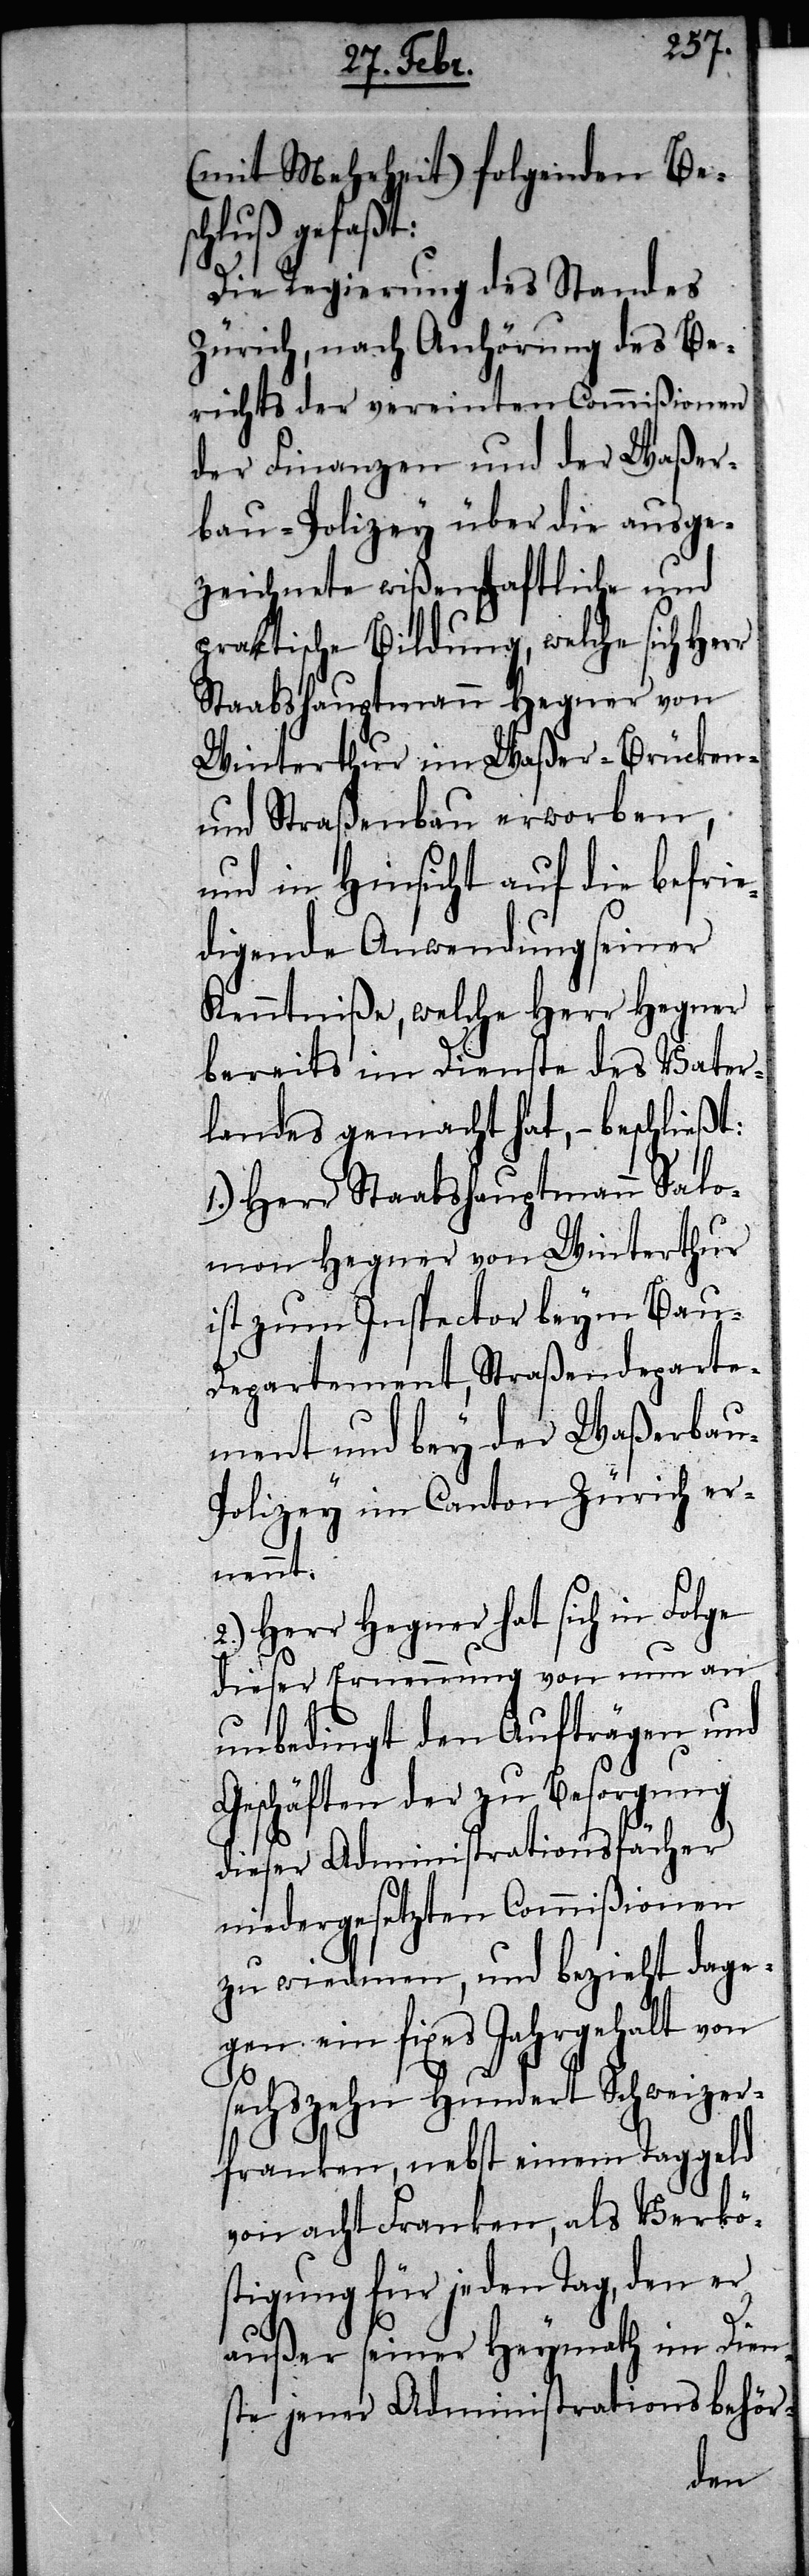
(mit Mehrheit) folgenden Bes¬
chluß gefaßt:
Die Regierung des Standes
Zürich, nach Anhörung des Be¬
richts der vereinten Commißionen
der Finanzen und der Waßer¬
bau-Polizey über die ausge¬
zeichnete wißenschaftliche und
praktische Bildung, welche sich Herr
Staabshauptmann Hegner von
Winterthur im Waßer- Brücken-
und Straßenbau erworben,
und in Hinsicht auf die befrie¬
digende Anwendung seiner
Kentniße, welche Herr Hegner
bereits im Dienste des Vater¬
landes gemacht hat, – beschließt:
1.) Herr Staabshauptmann Salo¬
mon Hegner von Winterthur
ist zum Inspector beym Bau-D¬
epartement, Straßendeparte¬
ment und bey der Waßerba¬
u-Polizey im Canton Zürich er¬
nennt.
2.) Herr Hegner hat sich in Folge
dieser Ernennung von nun an
unbedingt den Aufträgen und
Geschäften der zu Besorgung
dieser Administrationsfächer
niedergesetzten Commißionen
zu wiedmen, und bezieht dage¬
gen ein fixes Jahresgehalt von
sechszehn Hundert Schweizer¬
franken, nebst einem Taggeld
von acht Franken, als Verkö¬
stigung für jeden Tag, den er
außer seiner Heymath im Dien¬
ste jener Administrationsbehör-